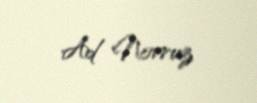
Ad Novruz